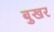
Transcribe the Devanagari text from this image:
बुखर